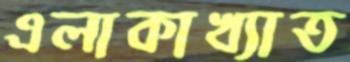
এলাকাখ্যাত